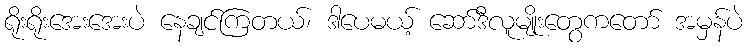
ရိုးရိုးအေးအေးပဲ နေချင်ကြတယ်၊ ဒါပေမယ့် ဆော်ဒီလူမျိုးတွေကတော် အမှန်ပဲ